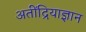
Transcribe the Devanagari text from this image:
अतींद्रियाज्ञान